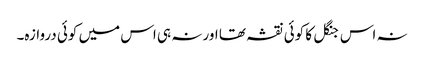
نہ اس جنگل کا کوئی نقشہ تھا اور نہ ہی اس میں کوئی دروازہ۔